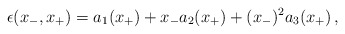
\begin{align*}\epsilon (x_-,x_+)=a_1(x_+)+x_-a_2(x_+)+(x_-)^2a_3(x_+)\, ,\end{align*}